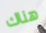
هناك